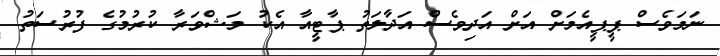
ނަމަވެސް ޕީޕީއެމަށް އަށް އަދިވެސް އަދާލަތު ޕާޓީއާ އެކު މަޝްވަރާ ކުރުމުގެ ފުރުސަތު